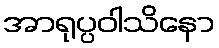
အာရုပ္ပဝါသိနော